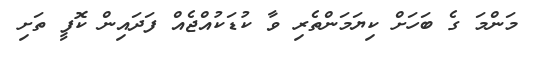
މަންމަ ގެ ބަހަށް ކިޔަމަންތެރި ވާ ކުޑަކުއްޖެއް ފަދައިން ކޮފީ ތަށި